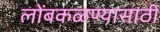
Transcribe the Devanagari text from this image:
लोंबकळण्यासाठी